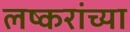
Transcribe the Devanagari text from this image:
लष्करांच्या